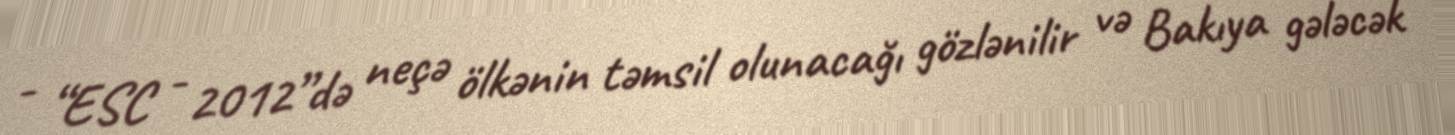
- “ESC - 2012”də neçə ölkənin təmsil olunacağı gözlənilir və Bakıya gələcək